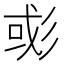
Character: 𢒖